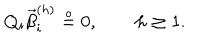
LaTeX: Q _ { i } \vec { \beta } _ { i } ^ { ( h ) } \stackrel { \circ } { = } { 0 } , \quad \quad h \geq 1 .